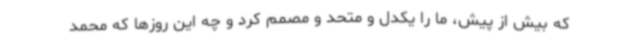
که بیش‌ از پیش، ما را یکدل و متحد و مصمم کرد و چه این روزها که محمد